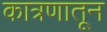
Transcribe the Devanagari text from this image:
कात्रणातून